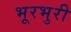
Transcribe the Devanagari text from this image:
भूरभुरी